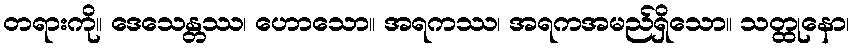
တရားကို။ ဒေသေန္တဿ၊ ဟောသော။ အရကဿ၊ အရကအမည်ရှိသော။ သတ္ထုနော၊